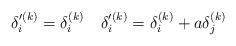
LaTeX: \begin{align*}\delta'^{(k)}_i=\delta^{(k)}_i\quad\delta'^{(k)}_i=\delta^{(k)}_i+a\delta^{(k)}_j\end{align*}